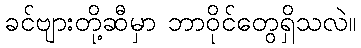
ခင်ဗျားတို့ဆီမှာ ဘာဝိုင်တွေရှိသလဲ။